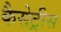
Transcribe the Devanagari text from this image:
कैसेट्रीस